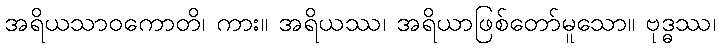
အရိယသာဝကောတိ၊ ကား။ အရိယဿ၊ အရိယာဖြစ်တော်မူသော။ ဗုဒ္ဓဿ၊